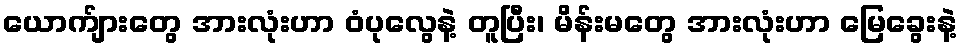
ယောက်ျားတွေ အားလုံးဟာ ဝံပုလွေနဲ့ တူပြီး၊ မိန်းမတွေ အားလုံးဟာ မြေခွေးနဲ့